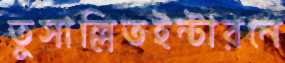
তুসাল্লিতইন্টারনে